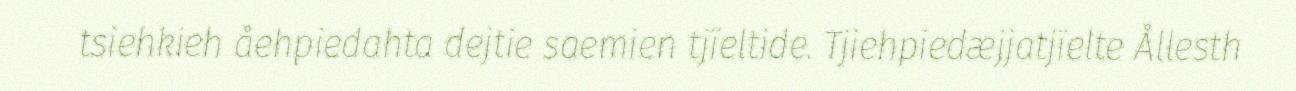
tsiehkieh åehpiedahta dejtie saemien tjïeltide. Tjiehpiedæjjatjïelte Ållesth